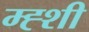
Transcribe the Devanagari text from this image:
म्ह्शी